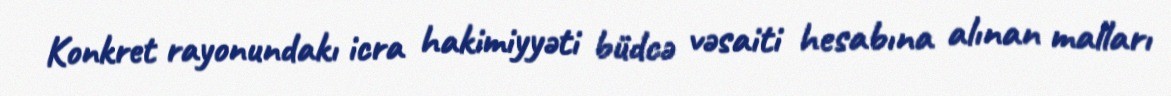
Konkret rayonundakı icra hakimiyyəti büdcə vəsaiti hesabına alınan malları